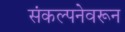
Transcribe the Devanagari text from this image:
संकल्पनेवरून